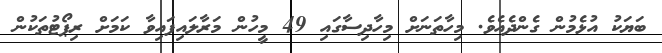
ބަޔަކު އުޅެމުން ގެންދެއެވެ. މިހާތަނަށް މިހާދިސާގައި 49 މީހުން މަރާލައިފައިވާ ކަމަށް ރިޕޯޓުތަކުން